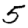
Digit: 5